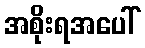
အစိုးရအပေါ်